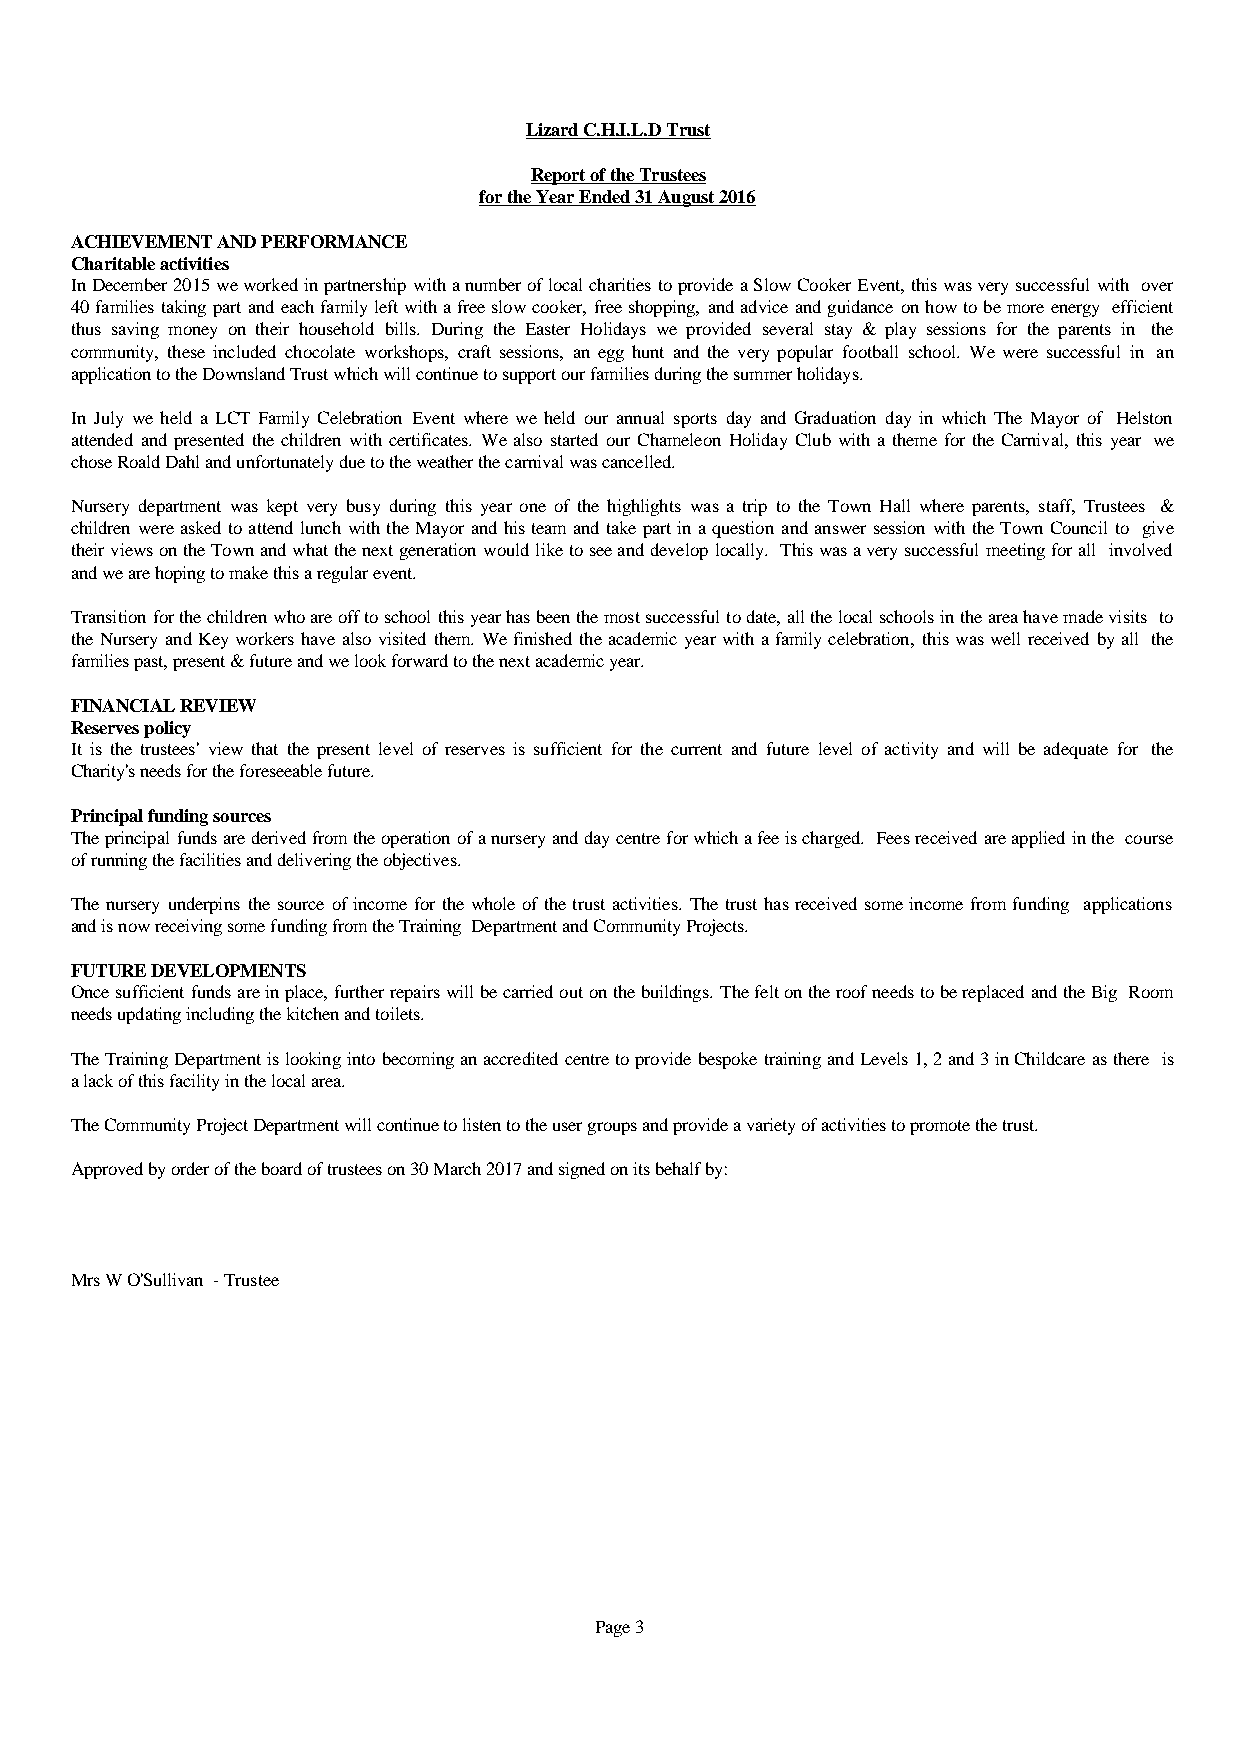
Lizard C.H.I.L.D Trust
 Report of the Trustees
 for the Year Ended 31 August 2016
 ACHIEVEMENT AND PERFORMANCE
 Charitable activities
 InDecember2015weworkedinpartnershipwithanumberoflocalcharitiestoprovideaSlowCookerEvent,thiswasverysuccessfulwith over
 40familiestakingpartandeachfamilyleftwithafreeslowcooker,freeshopping,andadviceandguidanceonhowtobemoreenergy efficient
 thus saving money on their household bills. During the Easter Holidays we provided several stay & play sessions for the parents in the
 community, these included chocolate workshops, craft sessions, an egg hunt and the very popular football school. We were successful in an
 application to the Downsland Trust which will continue to support our families during the summer holidays.
 In July we held a LCT Family Celebration Event where we held our annual sports day and Graduation day in which The Mayor of Helston
 attended and presented the children withcertificates.Wealso startedour ChameleonHolidayClub withathemeforthe Carnival,this year we
 chose Roald Dahl and unfortunately due to the weather the carnival was cancelled.
 Nursery department was kept very busy during this year one of the highlights was a trip to the Town Hall where parents, staff, Trustees &
 childrenwereaskedtoattendlunchwiththeMayorandhisteamandtakepartinaquestionandanswersessionwiththeTownCouncilto give
 theirviewsontheTownandwhatthenextgenerationwouldliketoseeanddeveloplocally. Thiswasaverysuccessfulmeetingforall involved
 and we are hoping to make this a regular event.
 Transitionforthechildrenwhoareofftoschoolthisyearhasbeenthemostsuccessfultodate,allthelocalschoolsintheareahavemadevisits to
 theNurseryandKeyworkershavealsovisitedthem.Wefinishedtheacademicyearwithafamilycelebration,thiswaswellreceivedbyall the
 families past, present & future and we look forward to the next academic year.
 FINANCIAL REVIEW
 Reserves policy
 It is the trustees' view that the present level of reserves is sufficient for the current and future level of activity and will be adequate for the
 Charity's needs for the foreseeable future.
 Principal funding sources
 Theprincipalfundsarederivedfromtheoperationofanurseryanddaycentreforwhichafeeischarged. Feesreceivedareappliedinthe course
 of running the facilities and delivering the objectives.
 Thenurseryunderpins thesourceofincomeforthewholeofthetrustactivities.Thetrusthasreceivedsomeincomefromfunding applications
 and is now receiving some funding from the Training Department and Community Projects.
 FUTURE DEVELOPMENTS
 Oncesufficientfundsareinplace,furtherrepairswillbecarriedoutonthebuildings.ThefeltontheroofneedstobereplacedandtheBig Room
 needs updating including the kitchen and toilets.
 TheTrainingDepartmentislookingintobecominganaccreditedcentretoprovidebespoketrainingandLevels1,2and3inChildcareasthere is
 a lack of this facility in the local area.
 The Community Project Department will continue to listen to the user groups and provide a variety of activities to promote the trust.
 Approved by order of the board of trustees on 30 March 2017 and signed on its behalf by:
 Mrs W O'Sullivan - Trustee
 Page 3